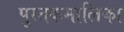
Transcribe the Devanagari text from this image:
पुस्तकमालिका